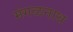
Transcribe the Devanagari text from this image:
मंगळनाथ